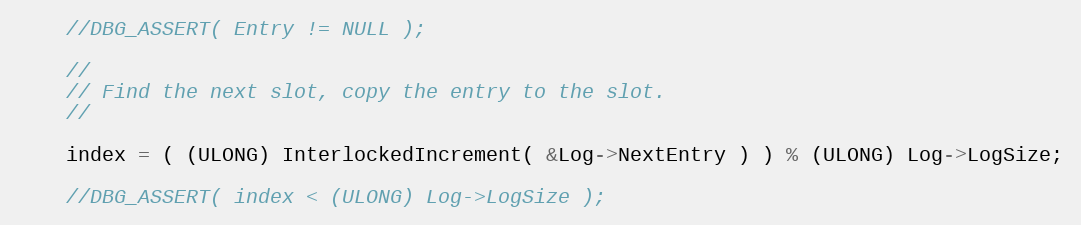
Language: C
    //DBG_ASSERT( Entry != NULL );

    //
    // Find the next slot, copy the entry to the slot.
    //

    index = ( (ULONG) InterlockedIncrement( &Log->NextEntry ) ) % (ULONG) Log->LogSize;

    //DBG_ASSERT( index < (ULONG) Log->LogSize );